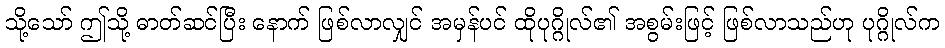
သို့သော် ဤသို့ ဓာတ်ဆင်ပြီး နောက် ဖြစ်လာလျှင် အမှန်ပင် ထိုပုဂ္ဂိုလ်၏ အစွမ်းဖြင့် ဖြစ်လာသည်ဟု ပုဂ္ဂိုလ်က